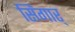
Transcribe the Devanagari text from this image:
सिंगार्